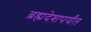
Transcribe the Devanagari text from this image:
ब्रह्मदेशपर्यंत